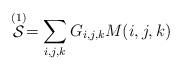
LaTeX: \begin{align*}\stackrel{(1)}{\cal{S}} = \sum_{i,j,k} G_{i,j,k} M(i,j,k)\end{align*}